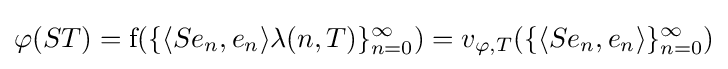
\varphi (ST)={\rm {f}}(\{\langle Se_{n},e_{n}\rangle \lambda (n,T)\}_{n=0}^{\infty })=v_{\varphi ,T}(\{\langle Se_{n},e_{n}\rangle \}_{n=0}^{\infty })